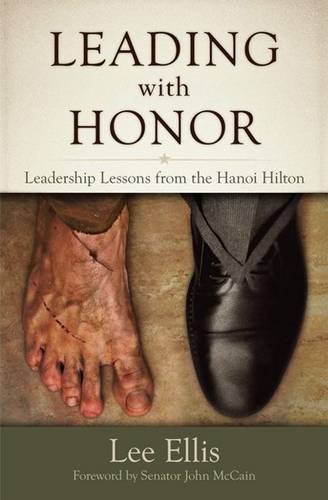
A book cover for Leading with Honor: Leadership Lessons from the Hanoi Hilton; Lee Ellis; History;